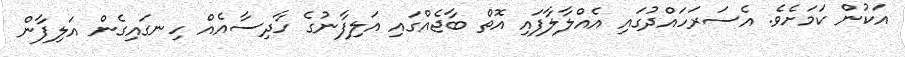
އަކުން ކަމަށެވެ. އެސަރަހައްދުގައި އެއްލާލާފައި އޮތް ބާޖެއްގައި އަލިފާނުގެ ހާދިސާއެއް ހިނގައިގެން އަލިފާން